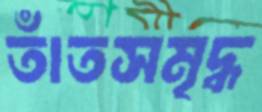
তাঁতসমৃদ্ধ